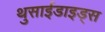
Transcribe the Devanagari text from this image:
थुसाईडाइड्स